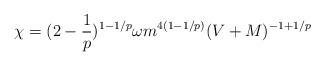
\begin{align*}\chi =(2-\frac{1}{p})^{1-1/p}\omega m^{4(1-1/p)}(V+M)^{-1+1/p} \end{align*}